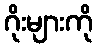
ဂိုးများကို